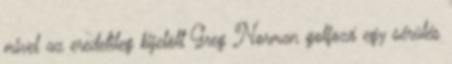
mivel az eredetileg kijelölt Greg Norman golfozó egy sérülés